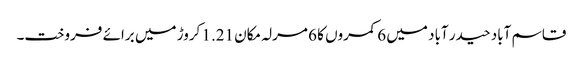
قاسم آباد حیدر آباد میں 6 کمروں کا 6 مرلہ مکان 1.21 کروڑ میں برائے فروخت۔